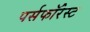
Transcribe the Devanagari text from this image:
पर्सफॉरेस्ट